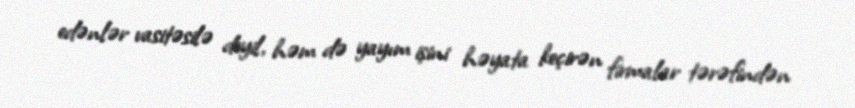
edənlər vasitəsilə deyil, həm də yayım işini həyata keçirən firmalar tərəfindən